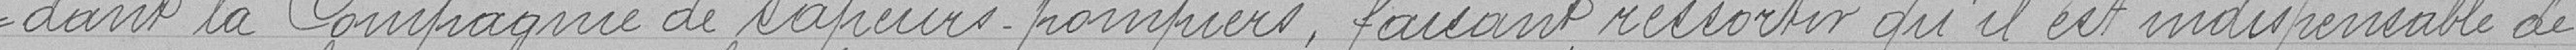
dant la Compagnie de sapeurs-pompiers, faisant ressortir qu'il est indispensable de